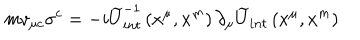
m v _ { \mu c } \sigma ^ { c } = - i \widetilde { U } _ { i n t } ^ { - 1 } \left( x ^ { \mu } , x ^ { m } \right) \partial _ { \mu } \widetilde { U } _ { i n t } \left( x ^ { \mu } , x ^ { m } \right)